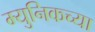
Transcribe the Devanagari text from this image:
म्युनिकच्या